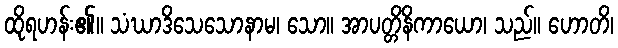
ထိုရဟန်း၏။ သံဃာဒိသေသောနာမ၊ သော။ အာပတ္တိနိကာယော၊ သည်။ ဟောတိ၊